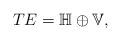
LaTeX: \begin{align*}TE=\mathbb{H}\oplus\mathbb{V},\end{align*}